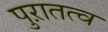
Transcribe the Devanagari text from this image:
पुऱातत्व